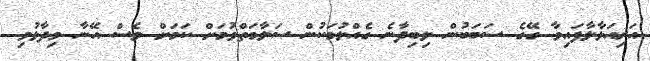
އަރިއަޅާލާފައިވާ ގޭގެ ސަބަބުން ލިބިދާނެ ގެއްލުމަކުން ސަލާމަތްވުމަށް ކަމަށް ވެސް އޭނާ ވިދާޅުވި